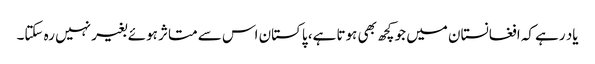
یاد رہے کہ افغانستان میں جو کچھ بھی ہوتا ہے، پاکستان اس سے متاثر ہوئے بغیر نہیں رہ سکتا۔